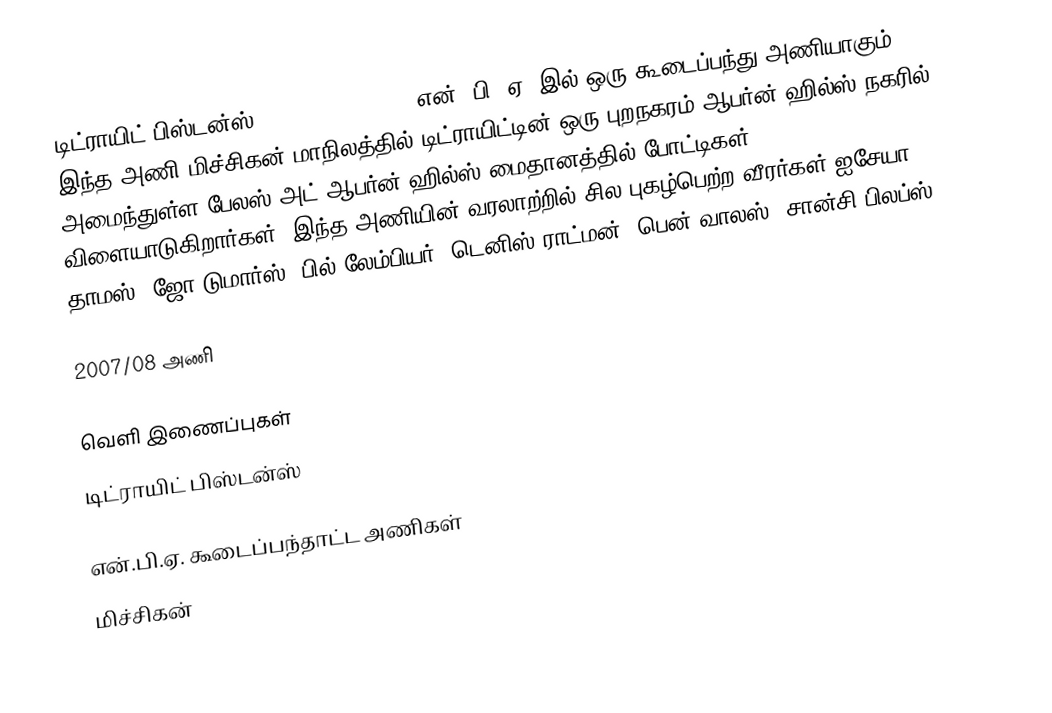
டிட்ராயிட் பிஸ்டன்ஸ் (Detroit Pistons) என். பி. ஏ.-இல் ஒரு கூடைப்பந்து அணியாகும். இந்த அணி மிச்சிகன் மாநிலத்தில் டிட்ராயிட்டின் ஒரு புறநகரம் ஆபர்ன் ஹில்ஸ் நகரில் அமைந்துள்ள பேலஸ் அட் ஆபர்ன் ஹில்ஸ் மைதானத்தில் போட்டிகள் விளையாடுகிறார்கள். இந்த அணியின் வரலாற்றில் சில புகழ்பெற்ற வீரர்கள் ஐசேயா தாமஸ், ஜோ டுமார்ஸ், பில் லேம்பியர், டெனிஸ் ராட்மன், பென் வாலஸ், சான்சி பிலப்ஸ்.

2007/08 அணி

வெளி இணைப்புகள்
 டிட்ராயிட் பிஸ்டன்ஸ்

என்.பி.ஏ. கூடைப்பந்தாட்ட அணிகள்
மிச்சிகன்